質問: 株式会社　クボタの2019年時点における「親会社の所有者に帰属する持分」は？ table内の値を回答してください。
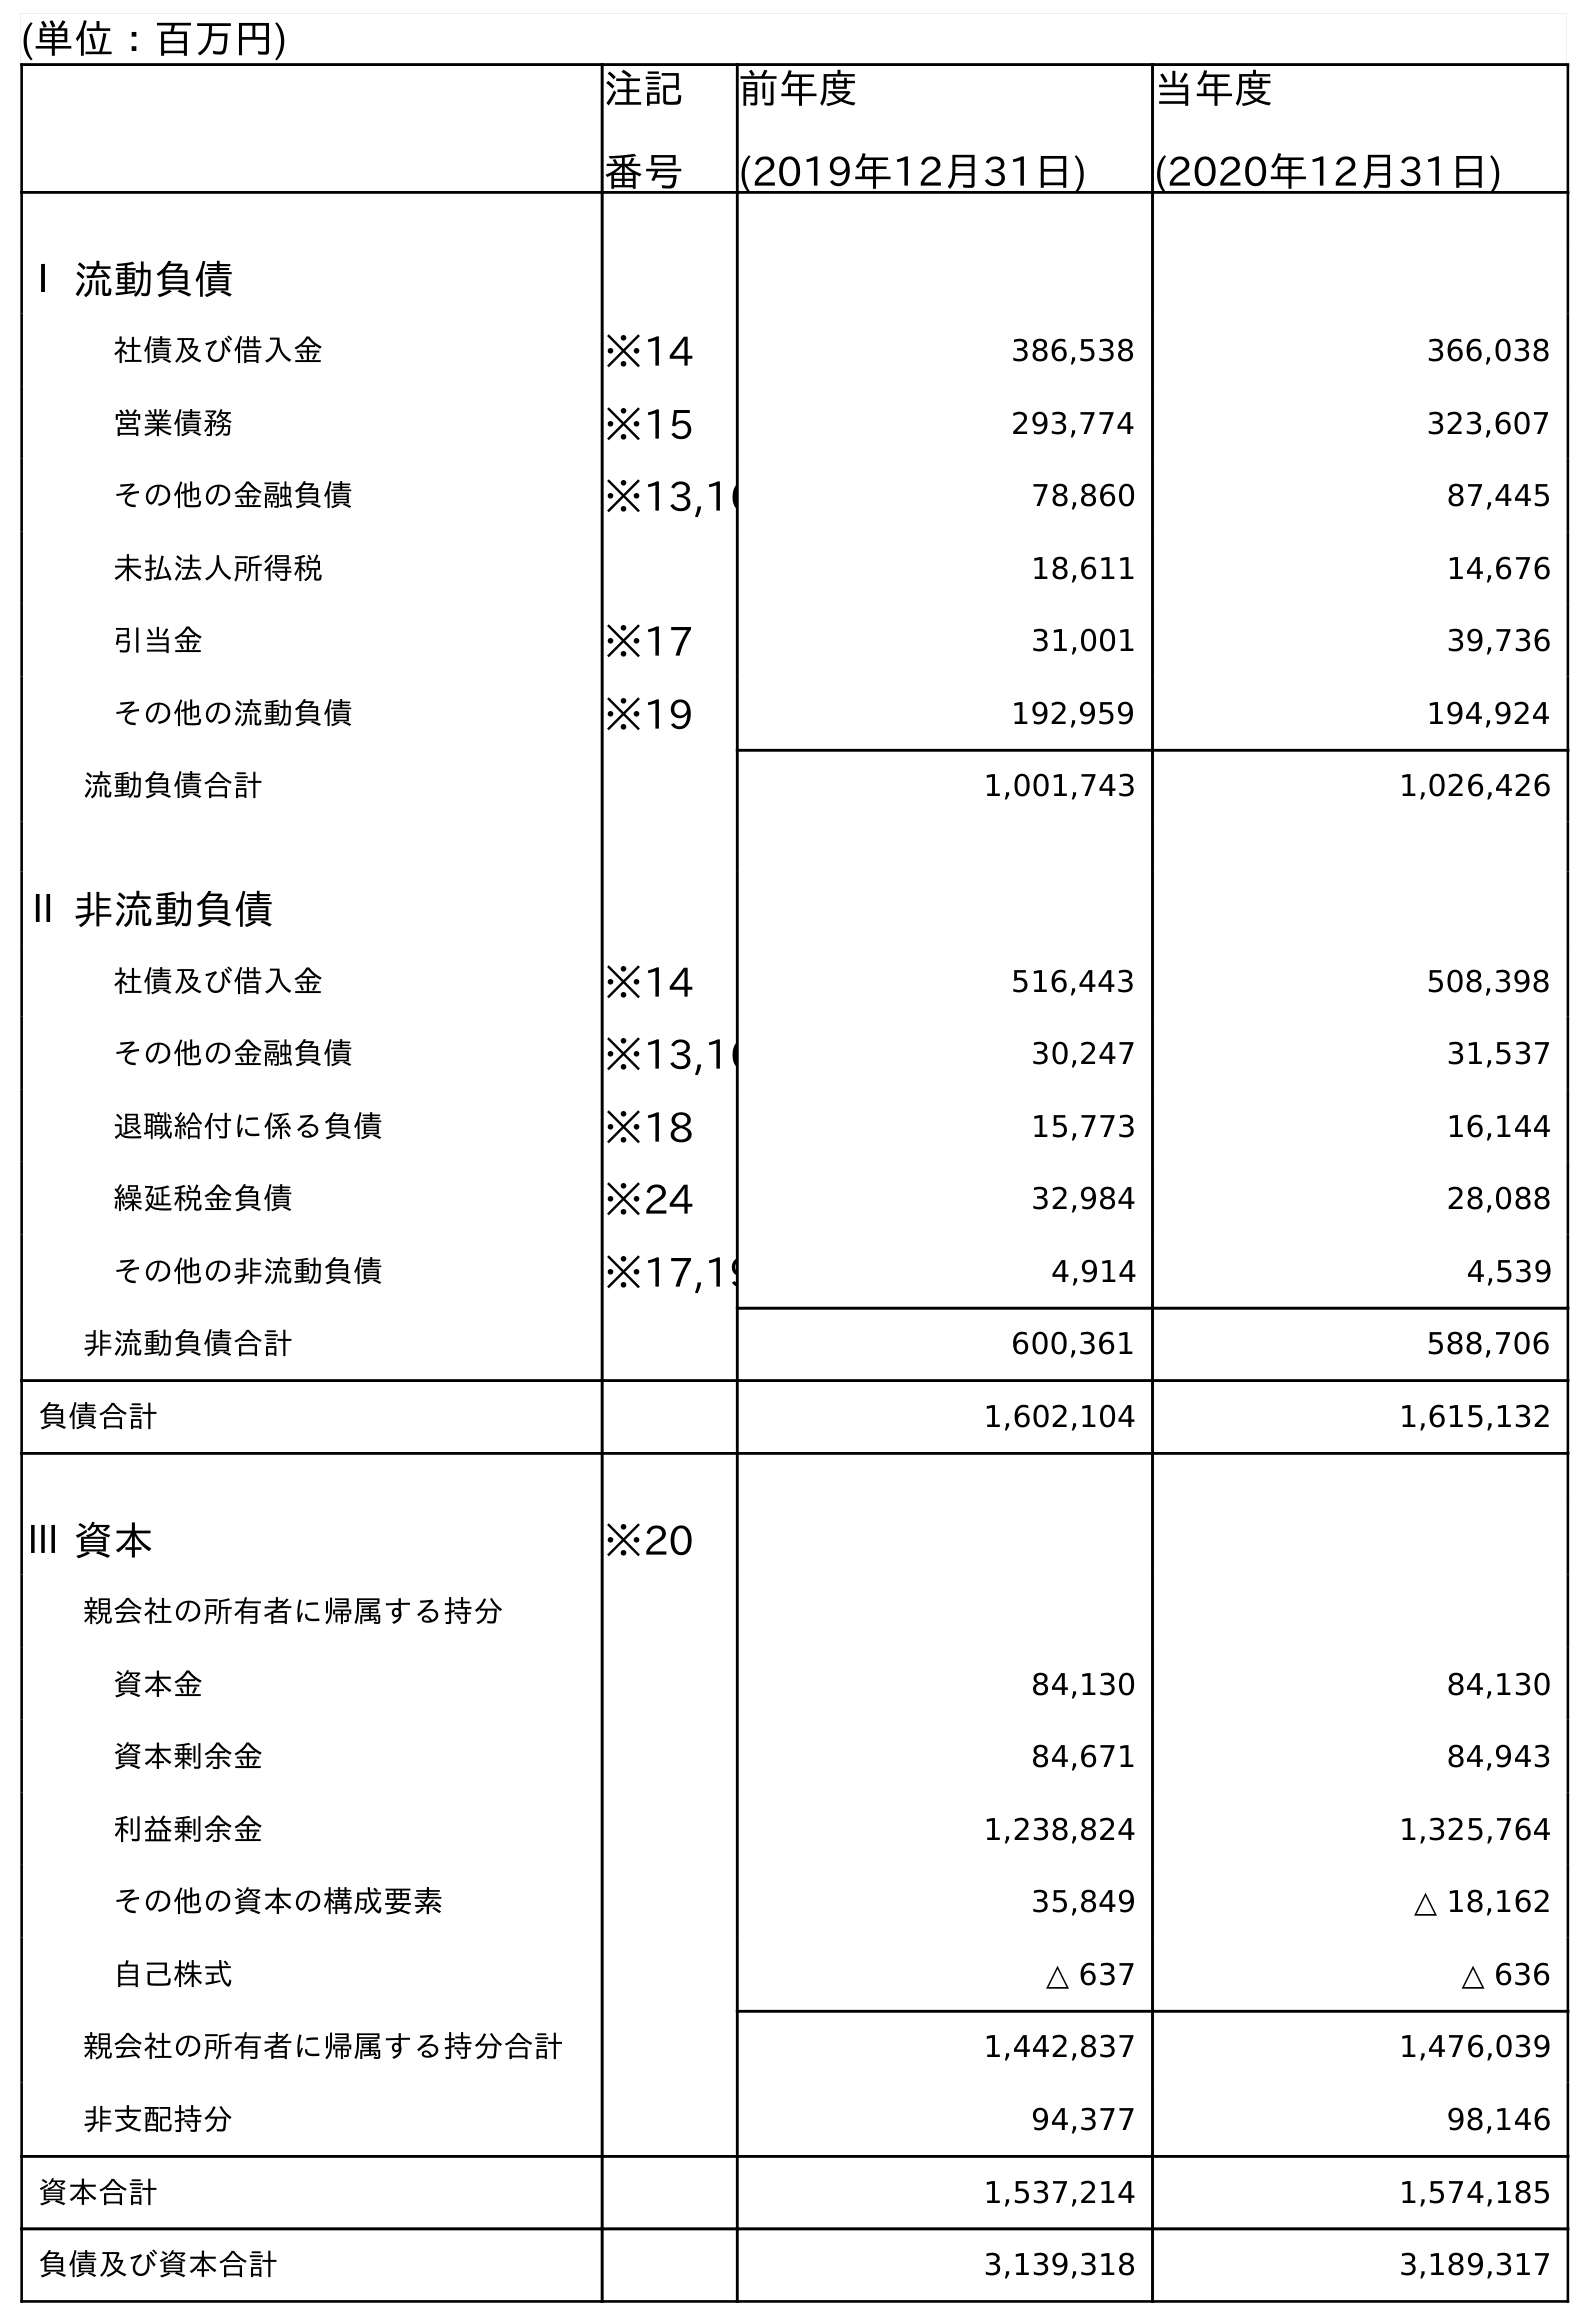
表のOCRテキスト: (単位：百万円) 注記 番号 前年度 (2019年12月31日) 当年度 (2020年12月31日) Ⅰ 流動負債 社債及び借入金 ※14 386,538 366,038 営業債務 ※15 293,774 323,607 その他の金融負債 ※13,16 78,860 87,445 未払法人所得税 18,611 14,676 引当金 ※17 31,001 39,736 その他の流動負債 ※19 192,959 194,924 流動負債合計 1,001,743 1,026,426 Ⅱ 非流動負債 社債及び借入金 ※14 516,443 508,398 その他の金融負債 ※13,16 30,247 31,537 退職給付に係る負債 ※18 15,773 16,144 繰延税金負債 ※24 32,984 28,088 その他の非流動負債 ※17,19 4,914 4,539 非流動負債合計 600,361 588,706 負債合計 1,602,104 1,615,132 Ⅲ 資本 ※20 親会社の所有者に帰属する持分 資本金 84,130 84,130 資本剰余金 84,671 84,943 利益剰余金 1,238,824 1,325,764 その他の資本の構成要素 35,849 △ 18,162 自己株式 △ 637 △ 636 親会社の所有者に帰属する持分合計 1,442,837 1,476,039 非支配持分 94,377 98,146 資本合計 1,537,214 1,574,185 負債及び資本合計 3,139,318 3,189,317
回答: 1,442,837